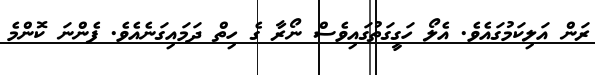
ރަން އަލިކަމުގައެވެ. އެލޯ ހަގީގަތުގައިވެސް ނޯރާ ގެ ހިތް ދަމައިގަނެއެވެ. ފެންނަ ކޮންމެ